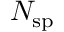
N _ { \mathrm { s p } }